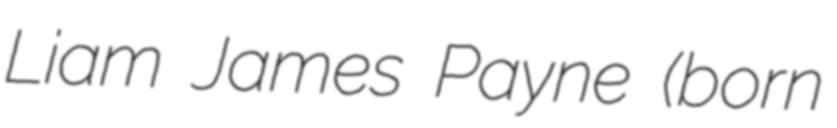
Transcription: Liam James Payne (born